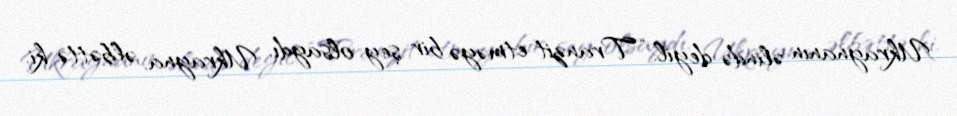
Ukraynanın əlində deyil: “Tranzit etməyə bir şey olsaydı, Ukrayna, əlbəttə ki,